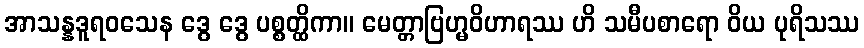
အာသန္နဒူရဝသေန ဒွေ ဒွေ ပစ္စတ္ထိကာ။ မေတ္တာဗြဟ္မဝိဟာရဿ ဟိ သမီပစာရော ဝိယ ပုရိသဿ